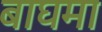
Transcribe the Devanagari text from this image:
बाघमा